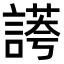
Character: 𧪮